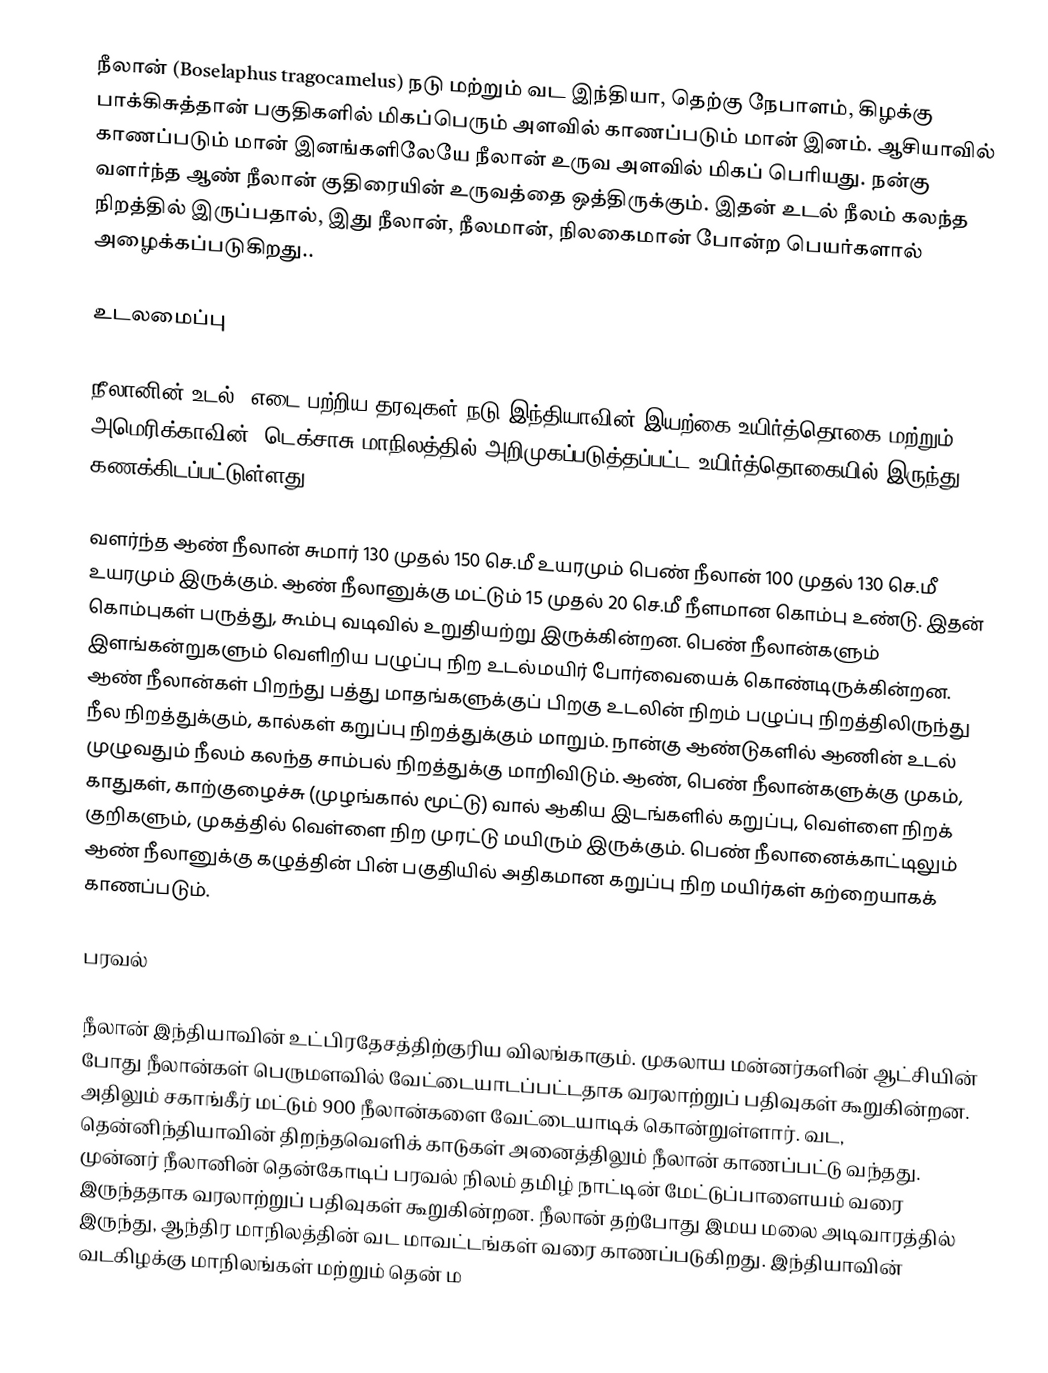
நீலான் (Boselaphus tragocamelus) நடு மற்றும் வட இந்தியா, தெற்கு நேபாளம், கிழக்கு பாக்கிசுத்தான் பகுதிகளில் மிகப்பெரும் அளவில் காணப்படும் மான் இனம். ஆசியாவில் காணப்படும் மான் இனங்களிலேயே நீலான் உருவ அளவில் மிகப் பெரியது. நன்கு வளர்ந்த ஆண் நீலான் குதிரையின் உருவத்தை ஒத்திருக்கும். இதன் உடல் நீலம் கலந்த நிறத்தில் இருப்பதால், இது நீலான், நீலமான், நிலகைமான் போன்ற பெயர்களால் அழைக்கப்படுகிறது..

உடலமைப்பு

நீலானின் உடல், எடை பற்றிய தரவுகள் நடு இந்தியாவின் இயற்கை உயிர்த்தொகை மற்றும் அமெரிக்காவின், டெக்சாசு மாநிலத்தில் அறிமுகப்படுத்தப்பட்ட உயிர்த்தொகையில் இருந்து கணக்கிடப்பட்டுள்ளது.

வளர்ந்த ஆண் நீலான் சுமார் 130 முதல் 150 செ.மீ உயரமும் பெண் நீலான் 100 முதல் 130 செ.மீ உயரமும் இருக்கும். ஆண் நீலானுக்கு மட்டும் 15 முதல் 20 செ.மீ நீளமான கொம்பு உண்டு. இதன் கொம்புகள் பருத்து, கூம்பு வடிவில் உறுதியற்று இருக்கின்றன. பெண் நீலான்களும் இளங்கன்றுகளும் வெளிறிய பழுப்பு நிற உடல்மயிர் போர்வையைக் கொண்டிருக்கின்றன. ஆண் நீலான்கள் பிறந்து பத்து மாதங்களுக்குப் பிறகு உடலின் நிறம் பழுப்பு நிறத்திலிருந்து நீல நிறத்துக்கும், கால்கள் கறுப்பு நிறத்துக்கும் மாறும். நான்கு ஆண்டுகளில் ஆணின் உடல் முழுவதும் நீலம் கலந்த சாம்பல் நிறத்துக்கு மாறிவிடும். ஆண், பெண் நீலான்களுக்கு முகம், காதுகள், காற்குழைச்சு (முழங்கால் மூட்டு) வால் ஆகிய இடங்களில் கறுப்பு, வெள்ளை நிறக் குறிகளும், முகத்தில் வெள்ளை நிற முரட்டு மயிரும் இருக்கும்.  பெண் நீலானைக்காட்டிலும்  ஆண் நீலானுக்கு கழுத்தின் பின் பகுதியில் அதிகமான கறுப்பு நிற மயிர்கள் கற்றையாகக் காணப்படும்.

பரவல்

நீலான் இந்தியாவின் உட்பிரதேசத்திற்குரிய விலங்காகும். முகலாய மன்னர்களின் ஆட்சியின் போது நீலான்கள் பெருமளவில் வேட்டையாடப்பட்டதாக வரலாற்றுப் பதிவுகள் கூறுகின்றன. அதிலும் சகாங்கீர் மட்டும் 900 நீலான்களை வேட்டையாடிக் கொன்றுள்ளார். வட, தென்னிந்தியாவின் திறந்தவெளிக் காடுகள் அனைத்திலும் நீலான் காணப்பட்டு வந்தது. முன்னர் நீலானின் தென்கோடிப் பரவல் நிலம் தமிழ் நாட்டின் மேட்டுப்பாளையம் வரை இருந்ததாக வரலாற்றுப் பதிவுகள் கூறுகின்றன. நீலான் தற்போது இமய மலை அடிவாரத்தில் இருந்து, ஆந்திர மாநிலத்தின் வட மாவட்டங்கள் வரை காணப்படுகிறது. இந்தியாவின் வடகிழக்கு மாநிலங்கள் மற்றும் தென் ம